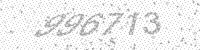
Solution: 996713